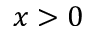
x > 0